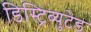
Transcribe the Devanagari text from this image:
डिस्ट्रिब्युटेड